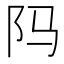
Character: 𬮺